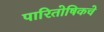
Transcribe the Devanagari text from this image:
पारितोषिकचे